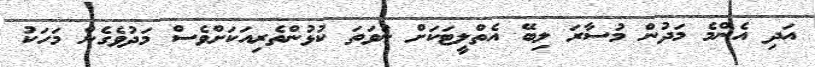
އަދި އެންމެ މަދުން މުސާރަ ލިބޭ އެތްލީޓަކަށް ނުވަތަ ކުޅުންތެރިއަކަށްވެސް މަދުވެގެން މަހަކު